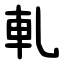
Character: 軋